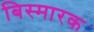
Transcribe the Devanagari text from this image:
बिस्मारक